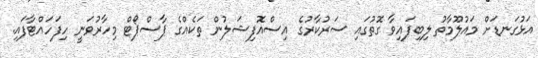
އަޅުގަނޑަށް މައުލޫމާތު ލިބިފައިވާ ގޮތުގައި ސަރުކާރުގެ އިސްއޮފިޝަލުން ތަކެއްގެ ޕާސްޕޯޓް މިހާރުވަނީ ހިފަހައްޓާފައި.